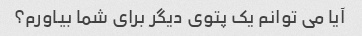
آیا می توانم یک پتوی دیگر برای شما بیاورم؟